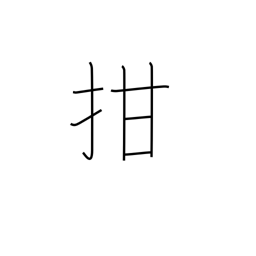
Meaning: shut one's mouth